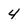
Character: 4